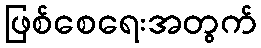
ဖြစ်စေရေးအတွက်